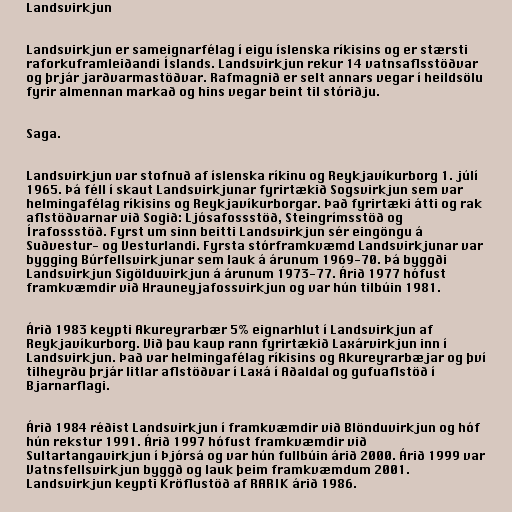
Landsvirkjun

Landsvirkjun er sameignarfélag í eigu íslenska ríkisins og er stærsti
raforkuframleiðandi Íslands. Landsvirkjun rekur 14 vatnsaflsstöðvar
og þrjár jarðvarmastöðvar. Rafmagnið er selt annars vegar í heildsölu
fyrir almennan markað og hins vegar beint til stóriðju.

Saga.

Landsvirkjun var stofnuð af íslenska ríkinu og Reykjavíkurborg 1. júlí
1965. Þá féll í skaut Landsvirkjunar fyrirtækið Sogsvirkjun sem var
helmingafélag ríkisins og Reykjavíkurborgar. Það fyrirtæki átti og rak
aflstöðvarnar við Sogið: Ljósafossstöð, Steingrímsstöð og
Írafossstöð. Fyrst um sinn beitti Landsvirkjun sér eingöngu á
Suðvestur- og Vesturlandi. Fyrsta stórframkvæmd Landsvirkjunar var
bygging Búrfellsvirkjunar sem lauk á árunum 1969-70. Þá byggði
Landsvirkjun Sigölduvirkjun á árunum 1973-77. Árið 1977 hófust
framkvæmdir við Hrauneyjafossvirkjun og var hún tilbúin 1981.

Árið 1983 keypti Akureyrarbær 5% eignarhlut í Landsvirkjun af
Reykjavíkurborg. Við þau kaup rann fyrirtækið Laxárvirkjun inn í
Landsvirkjun. Það var helmingafélag ríkisins og Akureyrarbæjar og því
tilheyrðu þrjár litlar aflstöðvar í Laxá í Aðaldal og gufuaflstöð í
Bjarnarflagi.

Árið 1984 réðist Landsvirkjun í framkvæmdir við Blönduvirkjun og hóf
hún rekstur 1991. Árið 1997 hófust framkvæmdir við
Sultartangavirkjun í Þjórsá og var hún fullbúin árið 2000. Árið 1999 var
Vatnsfellsvirkjun byggð og lauk þeim framkvæmdum 2001.
Landsvirkjun keypti Kröflustöð af RARIK árið 1986.